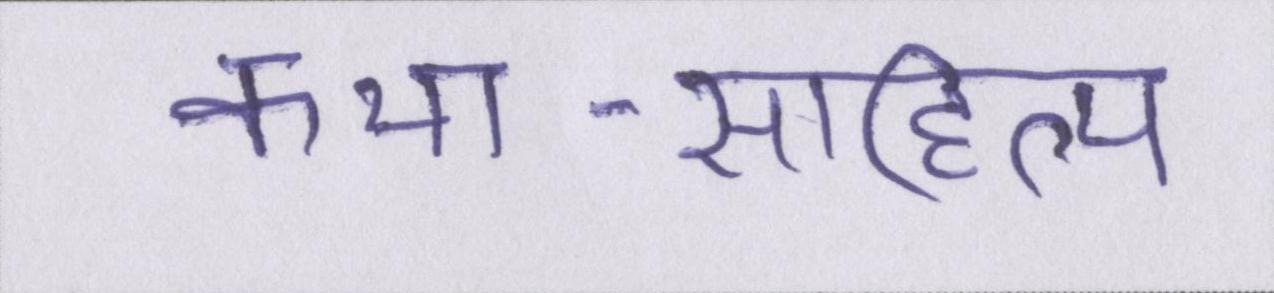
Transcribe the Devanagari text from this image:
कथा-साहित्य